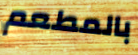
بالمطعم